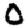
Digit: 0